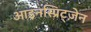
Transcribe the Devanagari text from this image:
आइनस्प्रिट्ज़ेन